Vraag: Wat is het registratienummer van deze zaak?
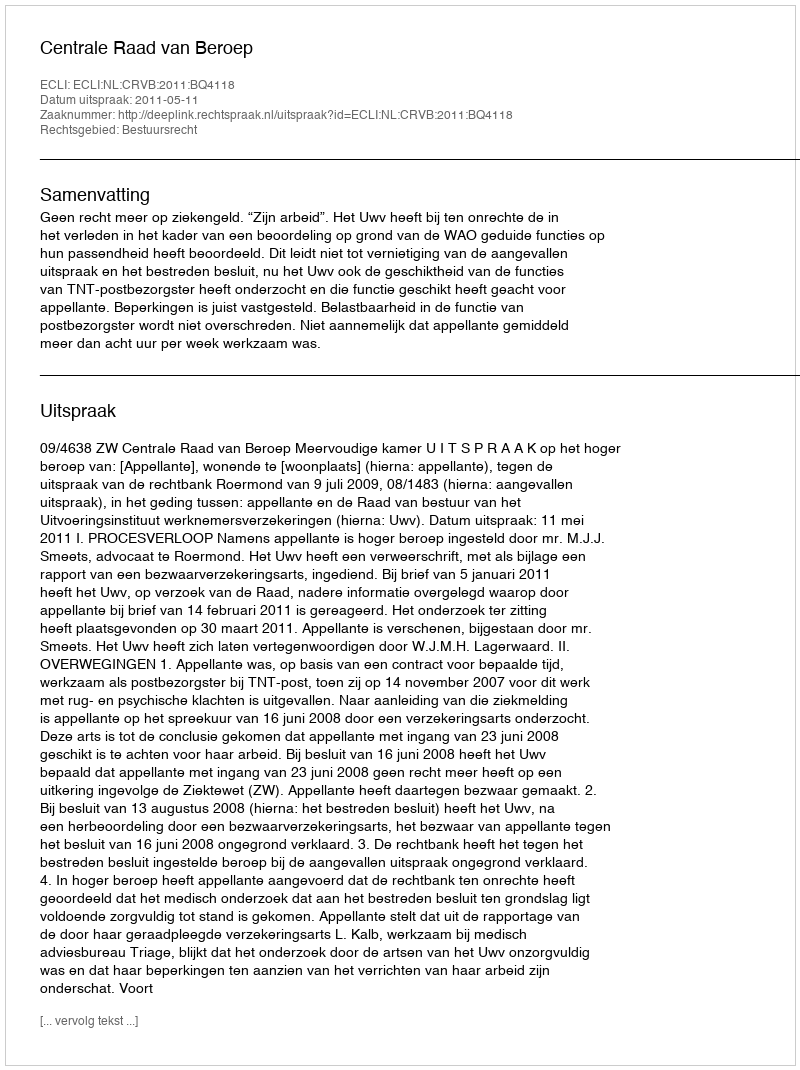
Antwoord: http://deeplink.rechtspraak.nl/uitspraak?id=ECLI:NL:CRVB:2011:BQ4118